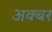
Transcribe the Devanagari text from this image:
अक्बर